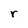
Character: r